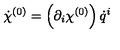
{ \dot { \chi } } ^ { ( 0 ) } = \left( \partial _ { i } \chi ^ { ( 0 ) } \right) { \dot { q } } ^ { i }